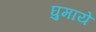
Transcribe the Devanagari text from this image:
घुमाये